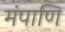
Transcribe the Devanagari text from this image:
मंपाणि